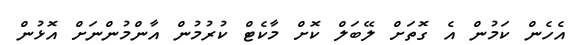
އެހެން ކަމުން އެ ގޮތަށް ލޭބަލް ކޮށް މާކެޓް ކުރުމުން އާންމުންނަށް އޮޅުން